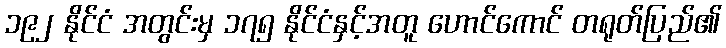
၁၉၂ နိုင်ငံ အတွင်းမှ ၁၇၅ နိုင်ငံနှင့်အတူ ဟောင်ကောင် တရုတ်ပြည်၏